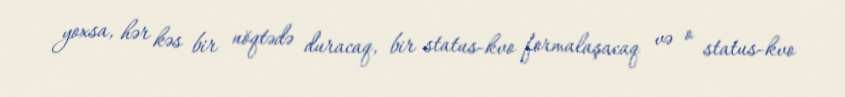
yoxsa, hər kəs bir nöqtədə duracaq, bir status-kvo formalaşacaq və o status-kvo